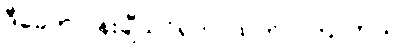
ဒီခေတ် ပန်းချီသင်ရတာထက် ပိုကြာတယ်။